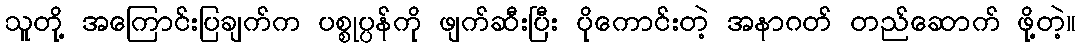
သူတို့ အကြောင်းပြချက်က ပစ္စုပ္ပန်ကို ဖျက်ဆီးပြီး ပိုကောင်းတဲ့ အနာဂတ် တည်ဆောက် ဖို့တဲ့။